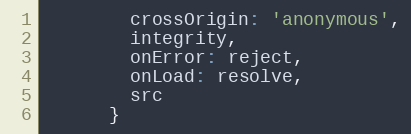
Language: JavaScript
        crossOrigin: 'anonymous',
        integrity,
        onError: reject,
        onLoad: resolve,
        src
      }